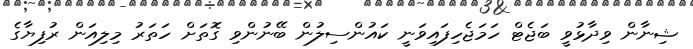
ޝިނާން ވިދާޅުވީ ބަޖެޓް ހަމަޖެހިފައިވަނީ ކައުންސިލުން ބޭނުންވި ގޮތަށް ހަތަރު މިލިއަން ރުފިޔާގެ